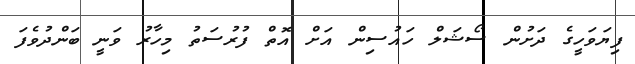
ފިޔަވަހީގެ ދަށުން ސޯޝަލް ހައުސިން އަށް އޮތް ފުރުސަތު މިހާރު ވަނީ ބަންދުވެފަ